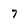
Character: 7